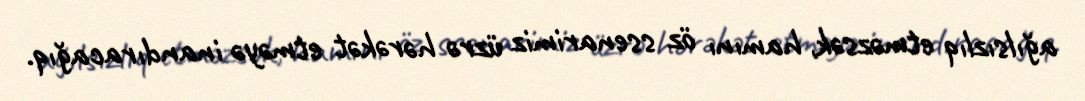
ağılsızlıq etməzsək, hamını öz ssenarimiz üzrə hərəkət etməyə inandıracağıq.